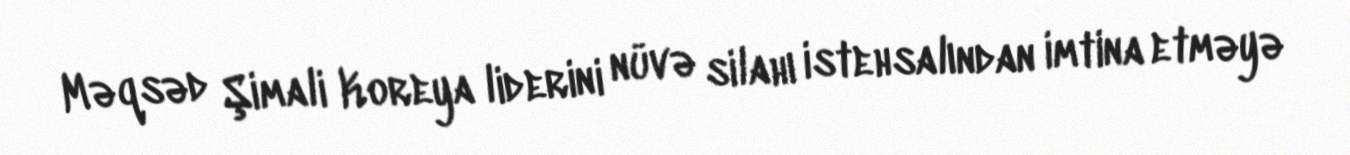
Məqsəd Şimali Koreya liderini nüvə silahı istehsalından imtina etməyə